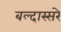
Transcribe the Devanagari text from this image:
बल्दास्सरे